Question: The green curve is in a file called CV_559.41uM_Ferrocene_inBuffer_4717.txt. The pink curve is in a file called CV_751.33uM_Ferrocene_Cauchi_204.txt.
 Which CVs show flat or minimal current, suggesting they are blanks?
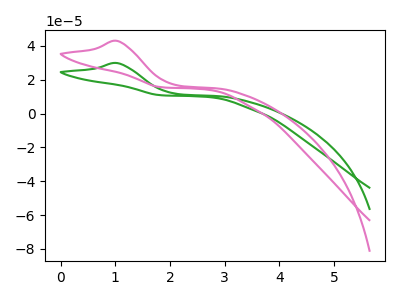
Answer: <think>The green curve "Ferrocene_559.41uM" has an anodic peak at: (1.05V, 29.85uA). The pink curve "Ferrocene_751.33uM" has an anodic peak at: (1.05V, 42.95uA).</think>
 <answer>There are not any CV's on this graph that are likely to be blanks.</answer>
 <eval>none</eval>